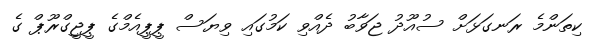
ކިތަންމެ ރަނގަޅަށް ސުއޫދު ޖަވާބު ދެއްވި ކަމުގައި ވިޔަސް ޕީޕީއެމްގެ ޕީޖީގްރޫޕް ގެ